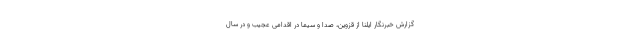
گزارش خبرنگار ایلنا از قزوین، صدا و سیما در اقدامی عجیب و در سال